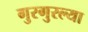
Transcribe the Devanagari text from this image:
गुरगुरल्या